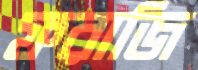
ফরাজি